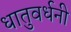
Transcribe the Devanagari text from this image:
धातुवर्धनी